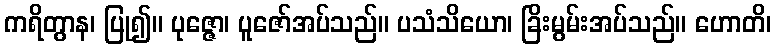
ကရိတွာန၊ ပြု၍။ ပုဇ္ဇော၊ ပူဇော်အပ်သည်။ ပသံသိယော၊ ခြိးမွမ်းအပ်သည်။ ဟောတိ၊